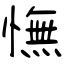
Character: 憮